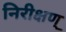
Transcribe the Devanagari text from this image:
निरीक्षण्